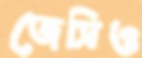
জেসিও